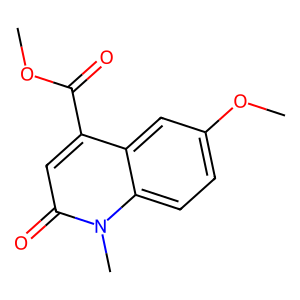
SMILES: COC(=O)c1cc(=O)n(C)c2ccc(OC)cc12
Inhibits HIV replication: No